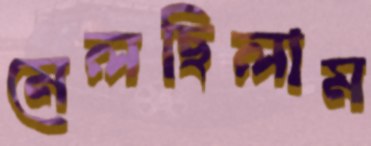
মেলছিলাম